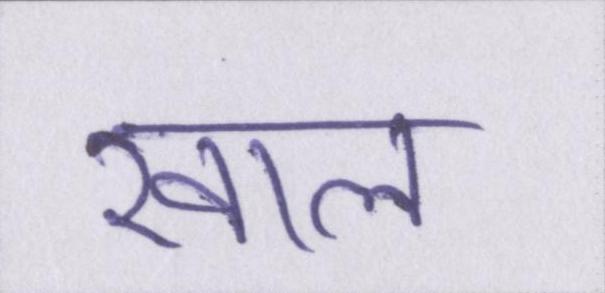
खाल